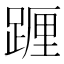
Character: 𨂷